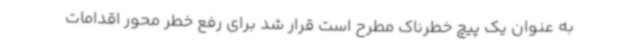
به عنوان یک پیچ خطرناک مطرح است قرار شد برای رفع خطر محور اقدامات